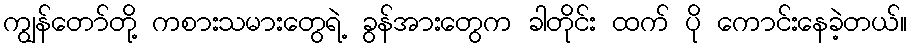
ကျွန်တော်တို့ ကစားသမားတွေရဲ့ ခွန်အားတွေက ခါတိုင်း ထက် ပို ကောင်းနေခဲ့တယ်။